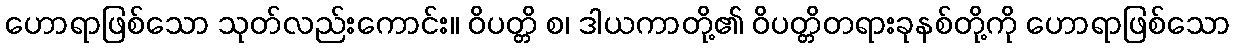
ဟောရာဖြစ်သော သုတ်လည်းကောင်း။ ဝိပတ္တိ စ၊ ဒါယကာတို့၏ ဝိပတ္တိတရားခုနစ်တို့ကို ဟောရာဖြစ်သော